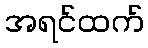
အရင်ထက်